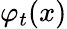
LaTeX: \varphi_{t}(x)